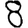
Digit: 8